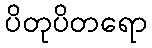
ပိတုပိတရော